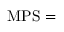
{ \mathrm { M P S } } =